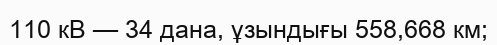
110 кВ — 34 дана, ұзындығы 558,668 км;